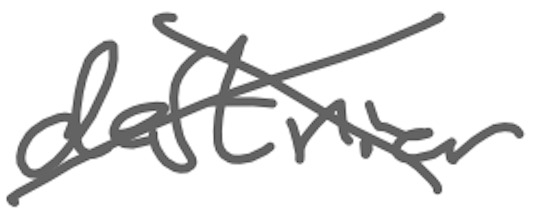
Text: destrier
Cross-out: cross
Writing tool: digital_gray